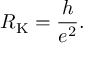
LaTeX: R _ { \mathrm { K } } = { \frac { h } { e ^ { 2 } } } .